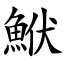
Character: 鮲